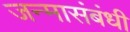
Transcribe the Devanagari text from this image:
जन्मासंबंधी